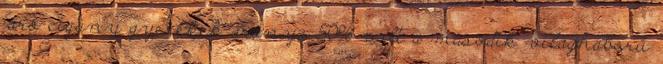
járó cigány gyerekek aránya 50% volt a második világháború